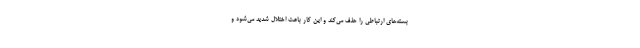
بسته‌های ارتباطی را حذف می‌کند و این کار باعث اختلال شدید می‌شود و